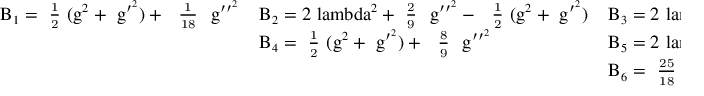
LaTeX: \mathrm { \small ~ \left. \begin{array} { l l l } { { B _ { 1 } = \mathrm { ~ \textstyle \frac { { 1 } } { { 2 } } ~ } ( g ^ { 2 } + ~ g ^ { \prime ^ { 2 } } ) + ~ \mathrm { ~ \textstyle \frac { { 1 } } { { 1 8 } } ~ } ~ g ^ { \prime \prime ^ { 2 } } } } & { { B _ { 2 } = 2 \ l a m b d a ^ { 2 } + \mathrm { ~ \textstyle \frac { { 2 } } { { 9 } } ~ } ~ g ^ { \prime \prime ^ { 2 } } - ~ \mathrm { ~ \textstyle \frac { { 1 } } { { 2 } } ~ } ( g ^ { 2 } + ~ g ^ { \prime ^ { 2 } } ) } } & { { B _ { 3 } = 2 \ l a m b d a ^ { 2 } - \mathrm { ~ \textstyle \frac { { 5 } } { { 1 8 } } ~ } ~ g ^ { \prime \prime ^ { 2 } } } } \\ { { } } & { { B _ { 4 } = \mathrm { ~ \textstyle \frac { { 1 } } { { 2 } } ~ } ( g ^ { 2 } + ~ g ^ { \prime ^ { 2 } } ) + ~ \mathrm { ~ \textstyle \frac { { 8 } } { { 9 } } ~ } ~ g ^ { \prime \prime ^ { 2 } } } } & { { B _ { 5 } = 2 \ l a m b d a ^ { 2 } - \mathrm { ~ \textstyle \frac { { 1 0 } } { { 9 } } ~ } ~ g ^ { \prime \prime ^ { 2 } } } } \\ { { } } & { { } } & { { B _ { 6 } = \mathrm { ~ \textstyle \frac { { 2 5 } } { { 1 8 } } ~ } ~ g ^ { \prime \prime ^ { 2 } } } } \end{array} \right\} ~ } \, .